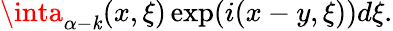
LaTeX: \inta_{\alpha-\mathit{k}}(x,\xi)\exp(i(x-y,\xi))d\xi.